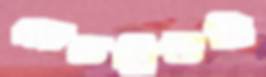
জেডব্লিউটি